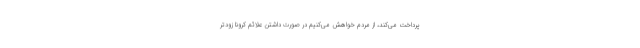
پرداخت می‌کند، از مردم خواهش می‌کنیم در صورت داشتن علائم کرونا زودتر